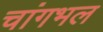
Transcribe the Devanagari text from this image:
चांगभल